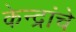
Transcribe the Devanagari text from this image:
केन्द्रांचे